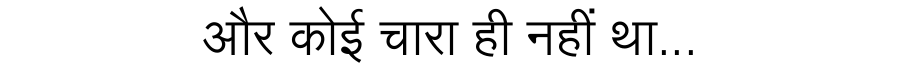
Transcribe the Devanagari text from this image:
और कोई चारा ही नहीं था...